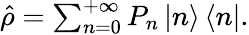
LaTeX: \begin{array}{r}{\hat{\rho}=\sum_{n=0}^{+\infty}P_{n}\left|n\right\rangle\left\langle n\right|.}\end{array}